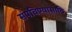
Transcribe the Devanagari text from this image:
संपविण्यासाठि